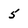
Character: 5